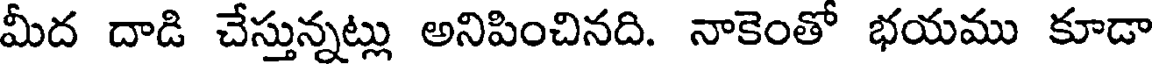
మీద దాడి చేస్తున్నట్లు అనిపించినది. నాకెంతో భయము కూడా